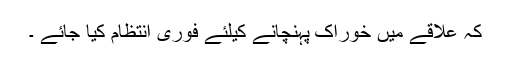
کہ علاقے میں خوراک پہنچانے کیلئے فوری انتظام کیا جائے ۔